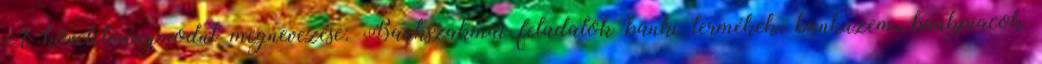
A követelménymodul megnevezése: Bankszakmai feladatok banki termékek, banküzem, bankpiacok